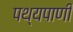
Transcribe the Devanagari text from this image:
पथ्यपाणी